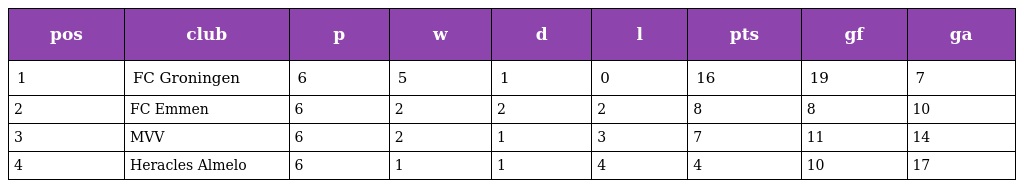
| pos | club | p | w | d | l | pts | gf | ga |
 | --- | --- | --- | --- | --- | --- | --- | --- | --- |
 | 1 | FC Groningen | 6 | 5 | 1 | 0 | 16 | 19 | 7 |
 | 2 | FC Emmen | 6 | 2 | 2 | 2 | 8 | 8 | 10 |
 | 3 | MVV | 6 | 2 | 1 | 3 | 7 | 11 | 14 |
 | 4 | Heracles Almelo | 6 | 1 | 1 | 4 | 4 | 10 | 17 |